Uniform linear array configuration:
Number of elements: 4
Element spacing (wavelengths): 1
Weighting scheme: uniform
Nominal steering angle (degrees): -60
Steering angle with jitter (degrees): -61.091
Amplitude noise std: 0.05
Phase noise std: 0.05

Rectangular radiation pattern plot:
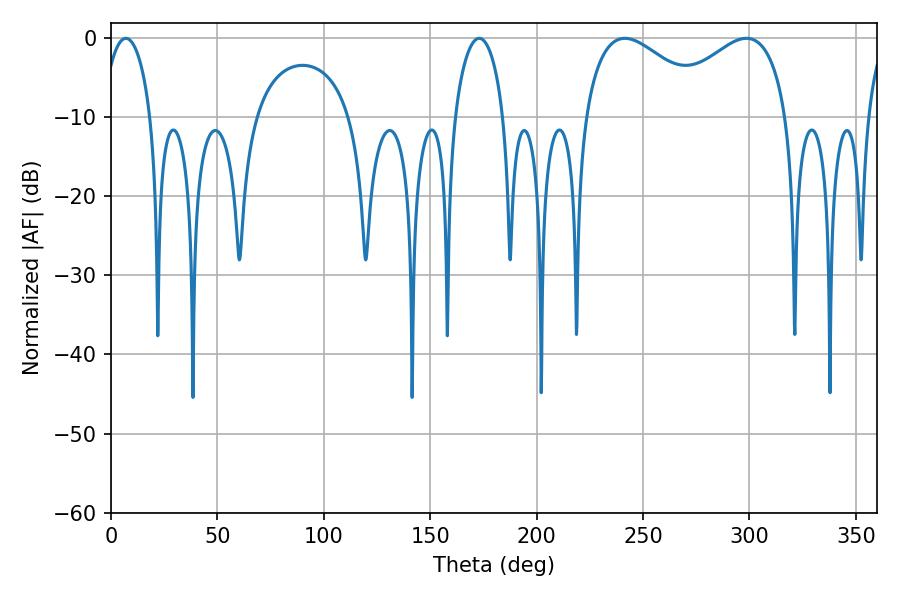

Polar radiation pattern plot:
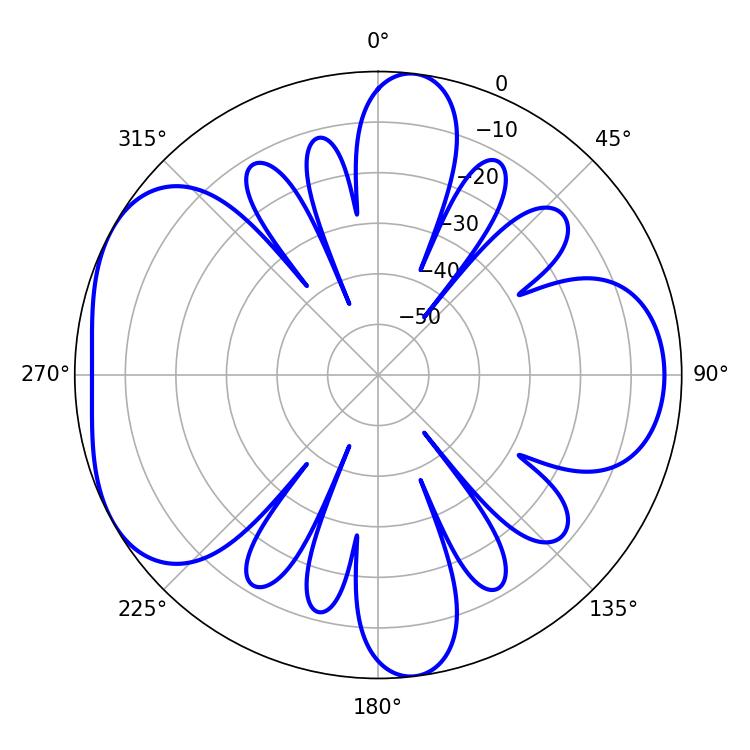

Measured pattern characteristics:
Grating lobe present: TRUE
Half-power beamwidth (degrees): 33.3
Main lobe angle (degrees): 241.38